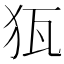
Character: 𱭵